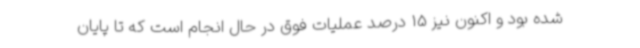
شده بود و اکنون نیز 15 درصد عملیات فوق در حال انجام است که تا پایان